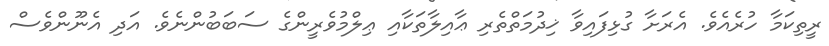
ރީތިކަމާ ހުރެއެވެ. އެރަށާ ގުޅިފައިވާ ޚިދުމަތްތެރި ޢާއިލާތަކާއި ޢިލްމުވެރީންގެ ސަބަބުންނެވެ. އަދި އެނޫންވެސް